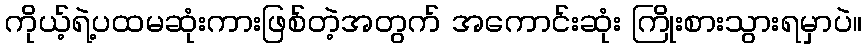
ကိုယ့်ရဲ့ပထမဆုံးကားဖြစ်တဲ့အတွက် အကောင်းဆုံး ကြိုးစားသွားရမှာပဲ။